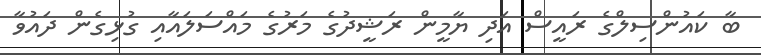
ބާ ކައުންސިލްގެ ރައީސް އަދި ޔާމީން ރަޝީދުގެ މަރުގެ މައްސަލައާއި ގުޅިގެން ދައުވާ